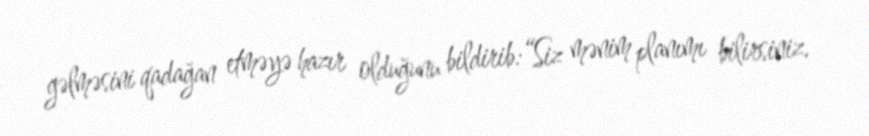
gəlməsini qadağan etməyə hazır olduğunu bildirib:“Siz mənim planımı bilirsiniz.